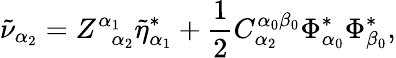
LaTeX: \tilde{\nu}_{\alpha_{2}}=Z_{\; \; \alpha_{2}}^{\alpha_{1}}\tilde{\eta}_{\alpha_{1}}^{*}+\frac 12C_{\alpha_{2}}^{\alpha_{0}\beta_{0}}\Phi_{\alpha_{0}}^{*}\Phi_{\beta_{0}}^{*},